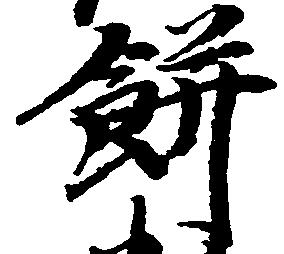
餅